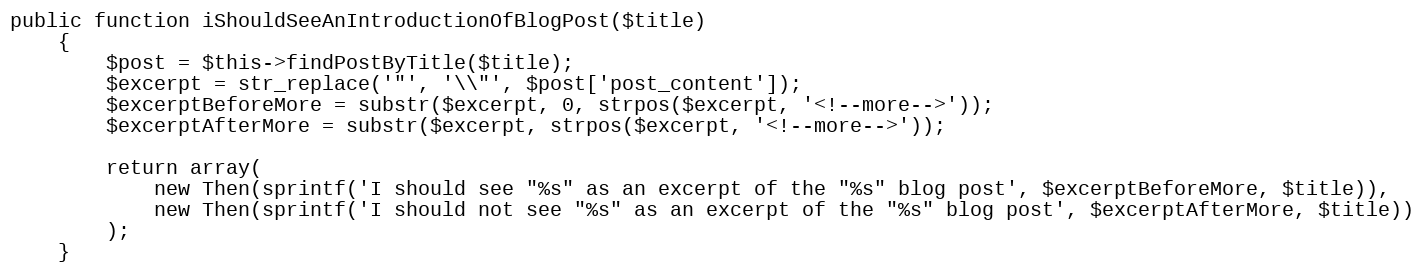
Language: PHP
public function iShouldSeeAnIntroductionOfBlogPost($title)
    {
        $post = $this->findPostByTitle($title);
        $excerpt = str_replace('"', '\\"', $post['post_content']);
        $excerptBeforeMore = substr($excerpt, 0, strpos($excerpt, '<!--more-->'));
        $excerptAfterMore = substr($excerpt, strpos($excerpt, '<!--more-->'));

        return array(
            new Then(sprintf('I should see "%s" as an excerpt of the "%s" blog post', $excerptBeforeMore, $title)),
            new Then(sprintf('I should not see "%s" as an excerpt of the "%s" blog post', $excerptAfterMore, $title))
        );
    }